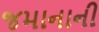
જમાનાની